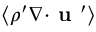
\langle { \rho ^ { \prime } { \boldsymbol { \nabla } } { \boldsymbol { \cdot } } { \textbf { u } } ^ { \prime } } \rangle